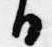
日